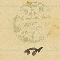
عضو حسين العلم الحاج يوسف